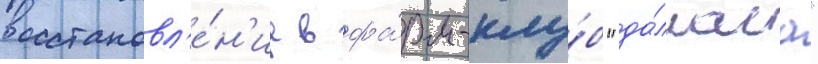
восстановл'е́н'ие в фа́рм-клу́б "да́лласа"